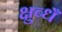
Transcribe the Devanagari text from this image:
क्षुब्धँ